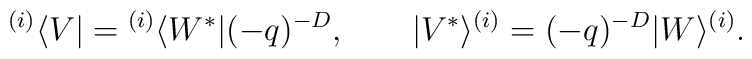
{}^{(i)}\langle V| = {}^{(i)}\langle W^*|(-q)^{-D},  \qquad  |V^*\rangle^{(i)} = (-q)^{-D} |W\rangle^{(i)}.